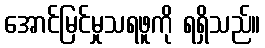
အောင်မြင်မှုသရဖူကို ရရှိသည်။